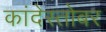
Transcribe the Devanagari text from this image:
कांदेस्तोबर